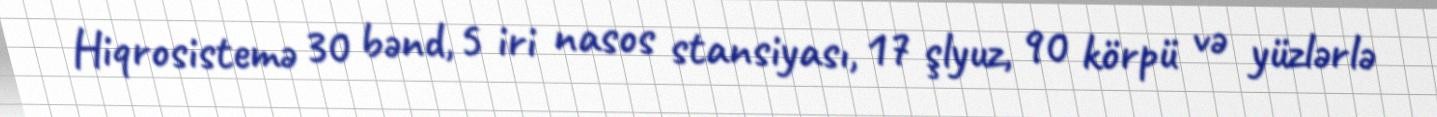
Hiqrosistemə 30 bənd, 5 iri nasos stansiyası, 17 şlyuz, 90 körpü və yüzlərlə